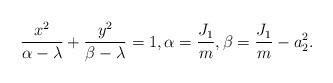
LaTeX: \begin{align*}\frac{x^2}{\alpha-\lambda}+\frac{y^2}{\beta-\lambda}=1,\alpha=\frac{J_1}{m},\beta=\frac{J_1}{m}-a_2^2.\end{align*}